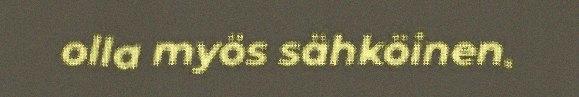
olla myös sähköinen.